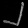
Digit: ၂